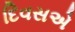
દિવસએ